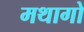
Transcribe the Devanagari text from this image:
मथागो